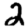
Digit: 2